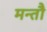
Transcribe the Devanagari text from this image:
मन्तौ